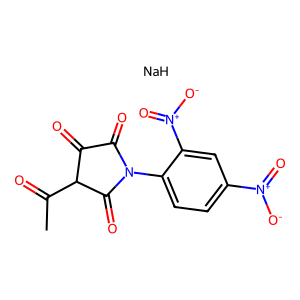
SMILES: CC(=O)C1C(=O)C(=O)N(c2ccc([N+](=O)[O-])cc2[N+](=O)[O-])C1=O.[NaH]
Inhibits HIV replication: No